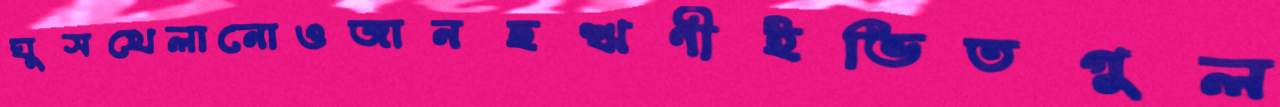
ঘুসখেলানোওজানছঋণীইভিতগুল